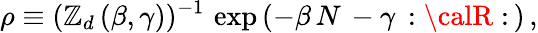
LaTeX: \rho\equiv(\mathbb{Z}_{d}\, (\beta,\gamma))^{-1}\, \exp\, (-\beta\, N\, -\gamma\, :{\calR}:\, )\, ,